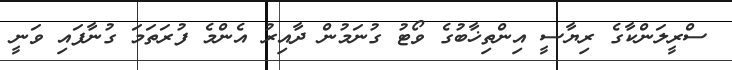
ސްރީލަންކާގެ ރިޔާސީ އިންތިޚާބުގެ ވޯޓު ގުނަމުން ދާއިރު އެންމެ ފުރަތަމަ ގުނާފައި ވަނީ